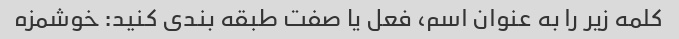
کلمه زیر را به عنوان اسم، فعل یا صفت طبقه بندی کنید: خوشمزه